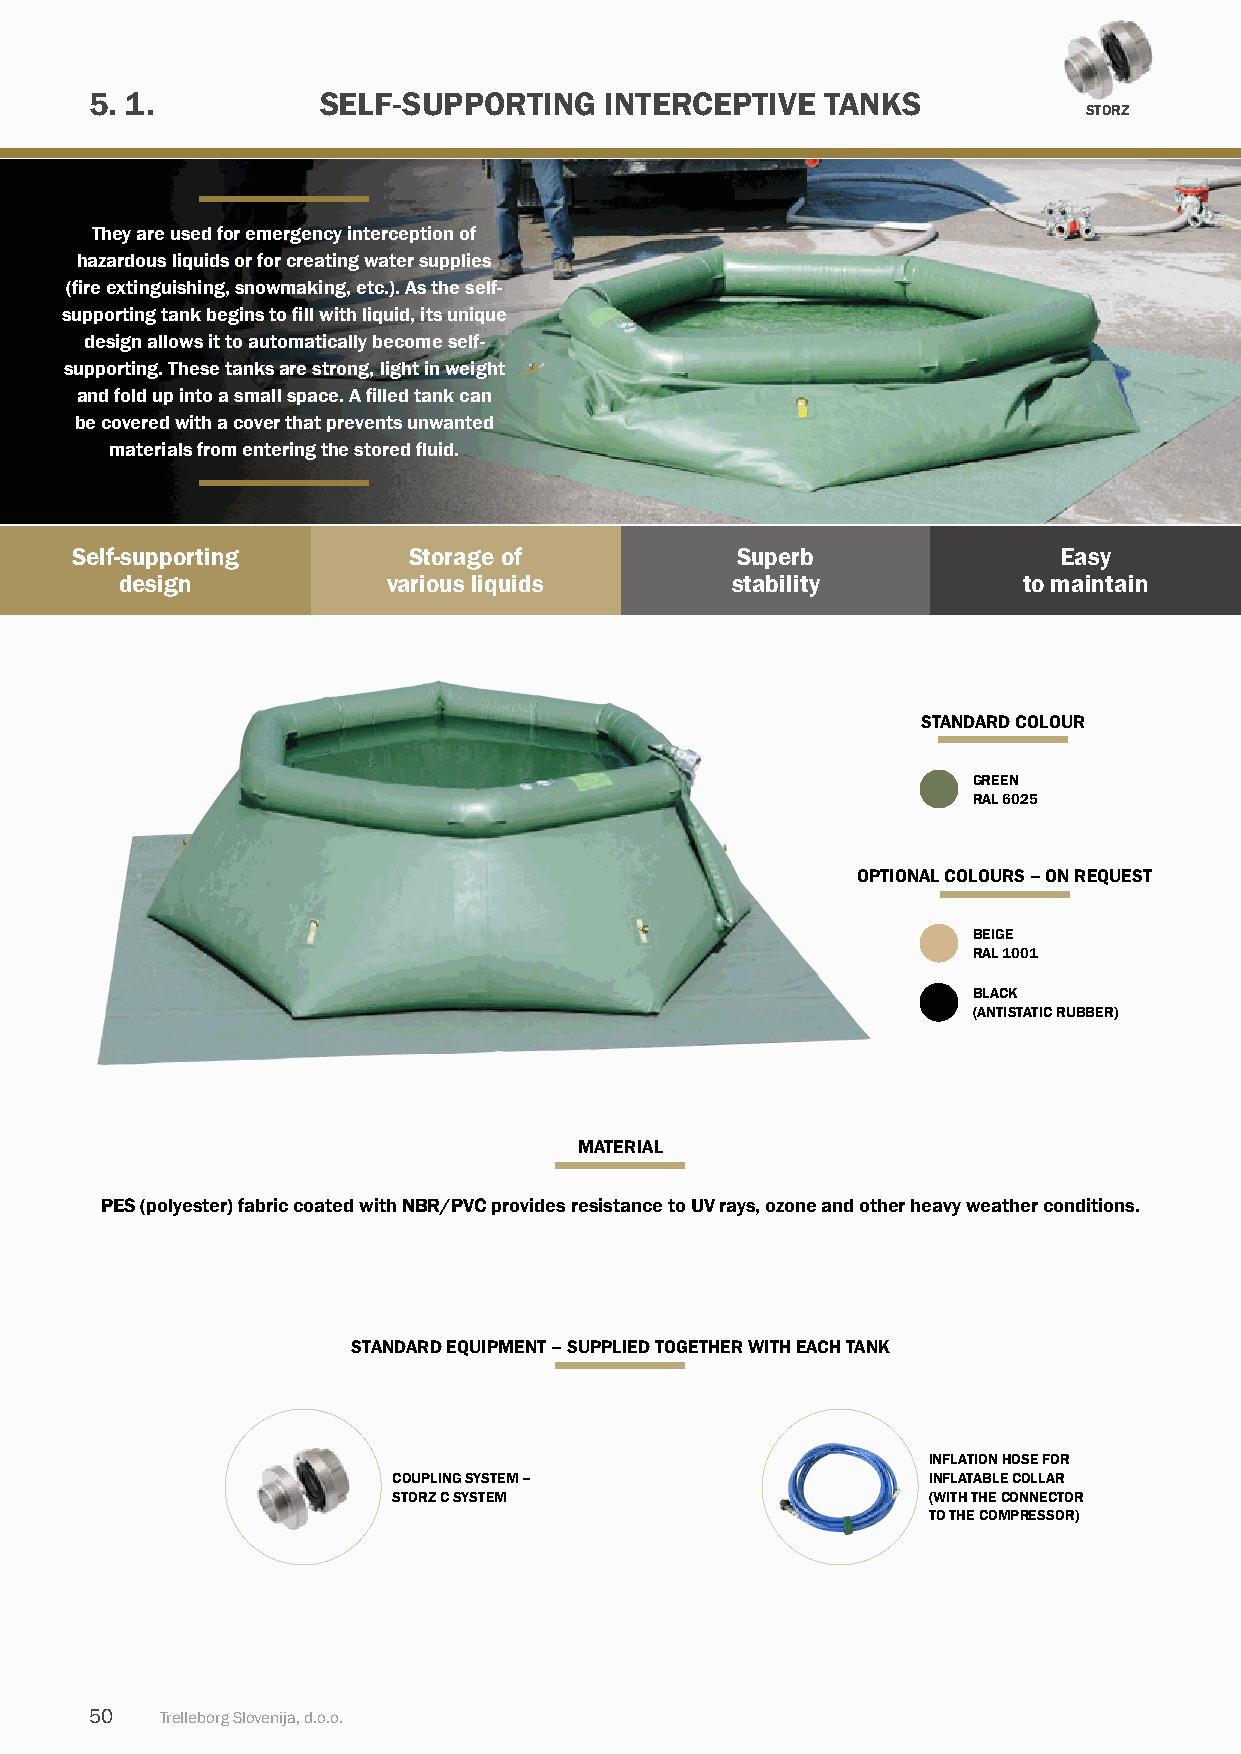
5. 1.          SELF-SuPPORTInG    InTERCEPTIVE   TAnKS
 STORZ
 They are used for emergency interception of
 hazardous liquids or for creating water supplies
 (fire extinguishing, snowmaking, etc.). As the self-
 supporting tank begins to fill with liquid, its unique
 design allows it to automatically become self-
 supporting. These tanks are strong, light in weight
 and fold up into a small space. A filled tank can
 be covered with a cover that prevents unwanted
 materials from entering the stored fluid.
 Self-supporting       Storage of            Superb               Easy
 design            various liquids       stability           to maintain
 STANDARD COLOuR
 GREEN
 RAL 6025
 OpTiONAL COLOuRS – ON REquEST
 BEiGE
 RAL 1001
 BLACK
 (ANTiSTATiC RuBBER)
 mATERiAL
 PES (polyester) fabric coated with nBR/PVC provides resistance to uV rays, ozone and other heavy weather conditions.
 STAndARd EQuIPMEnT – SuPPLIEd TOGEThER WITh EACh TAnK
 iNFLATiON HOSE FOR
 COupLiNG SYSTEm –                  iNFLATABLE COLLAR
 STORZ C SYSTEm                     (WiTH THE CONNECTOR
 TO THE COmpRESSOR)
 50   Trelleborg Slovenija, d.o.o.